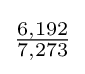
{\tfrac {6,192}{7,273}}